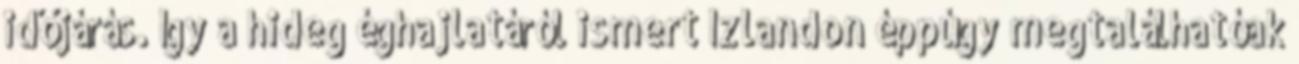
időjárás. Így a hideg éghajlatáról ismert Izlandon éppúgy megtalálhatóak